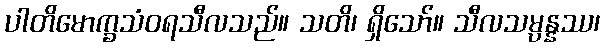
ပါတိမောက္ခသံဝရသီလသည်။ သတိ၊ ရှိသော်။ သီလသမ္ပန္နဿ၊